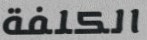
الكلفة